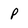
Character: P